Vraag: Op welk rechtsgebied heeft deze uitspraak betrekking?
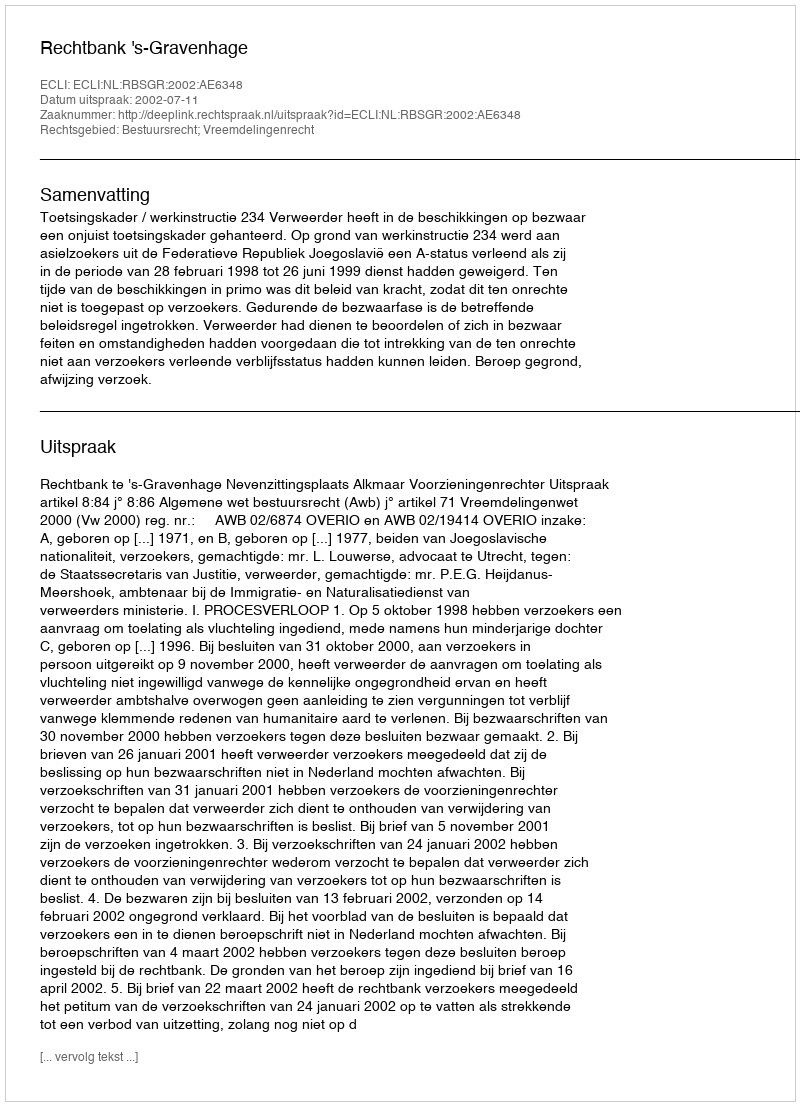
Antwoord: Bestuursrecht; Vreemdelingenrecht